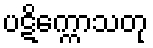
ပဋိက္ကောသတု